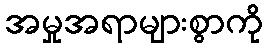
အမှုအရာများစွာကို